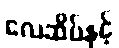
လေဆိပ်နှင့်